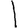
Digit: 1